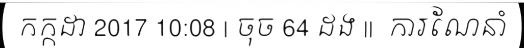
កក្កដា 2017 10:08 | ចុច 64 ដង ||  ការណែនាំ